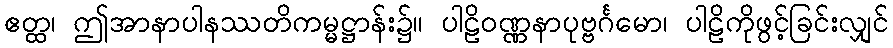
ဧတ္ထ၊ ဤအာနာပါနဿတိကမ္မဋ္ဌာန်း၌။ ပါဠိဝဏ္ဏနာပုဗ္ဗင်္ဂမော၊ ပါဠိကိုဖွင့်ခြင်းလျှင်